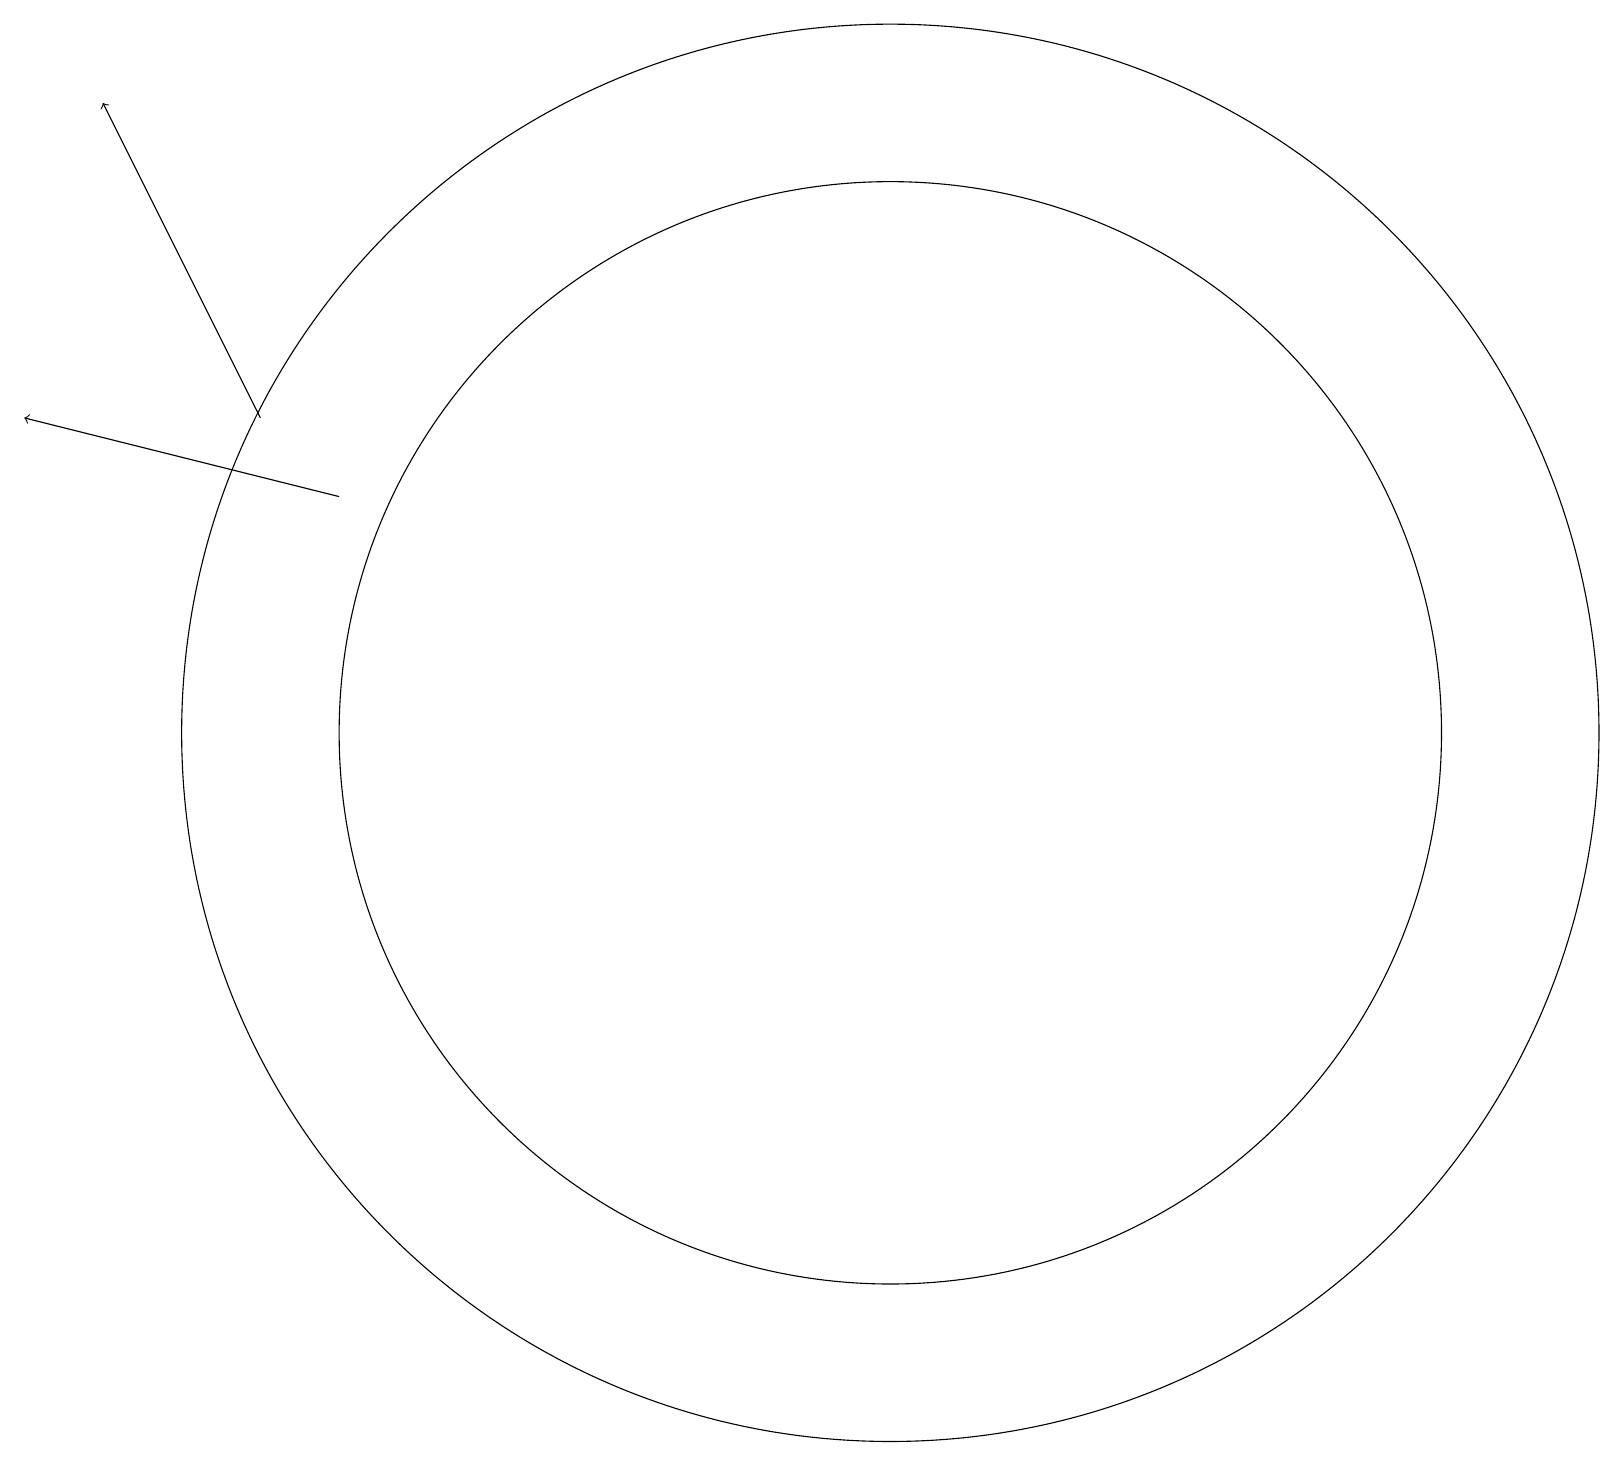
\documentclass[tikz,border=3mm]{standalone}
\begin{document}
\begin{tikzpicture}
\draw (11,10) circle (9);
\draw[->] (4,13) -- (0,14);
\draw (11,10) circle (7);
\draw[->] (3,14) -- (1,18);
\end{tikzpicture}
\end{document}